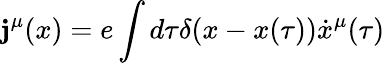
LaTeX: \mathbf{j}^{\mu}(x)=e\int{d\tau\delta(x-x(\tau))\dot{{x}}^{\mu}(\tau)}